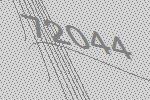
72044